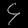
Digit: ၄